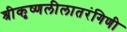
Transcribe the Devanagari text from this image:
श्रीकृष्णलीलातरंगिणी